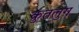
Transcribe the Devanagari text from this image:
क़ुतलुग़